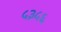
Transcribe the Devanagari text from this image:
५३५६